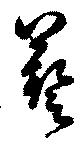
藝